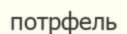
потрфель